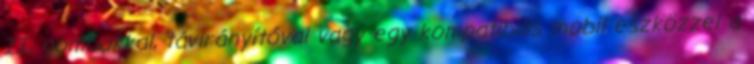
II, gombokkal, távirányítóval vagy egy kompatibilis mobil eszközzel a